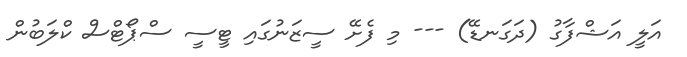
އަލީ އަޝްފާގު (ދަގަނޑޭ) --- މި ފެށޭ ސީޒަނުގައި ޓީސީ ސްޕޯޓްސް ކްލަބުން